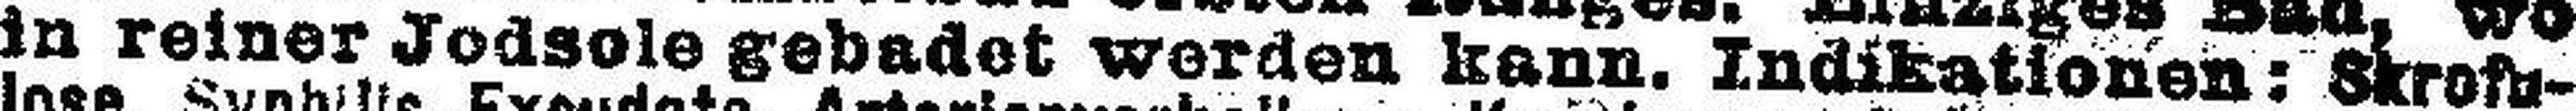
in reiner Jodsole gebadet werden kann. Indikationen: Skrofu¬